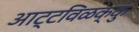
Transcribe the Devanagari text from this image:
आट्टविळक्कु